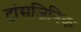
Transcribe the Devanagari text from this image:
ट्रांसजिनिक